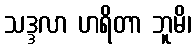
သဒ္ဒလာ ဟရိတာ ဘူမိ၊